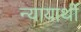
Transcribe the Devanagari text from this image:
न्यायार्थी